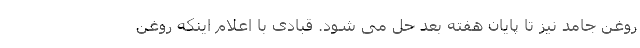
روغن جامد نیز تا پایان هفته بعد حل می شود. قبادی با اعلام اینکه روغن